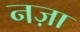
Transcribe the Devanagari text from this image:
नज़ा